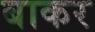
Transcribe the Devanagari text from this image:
बाकर